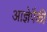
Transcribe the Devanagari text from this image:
आज्ञेपैकी